Trukikaitis_Postimees, lk 133
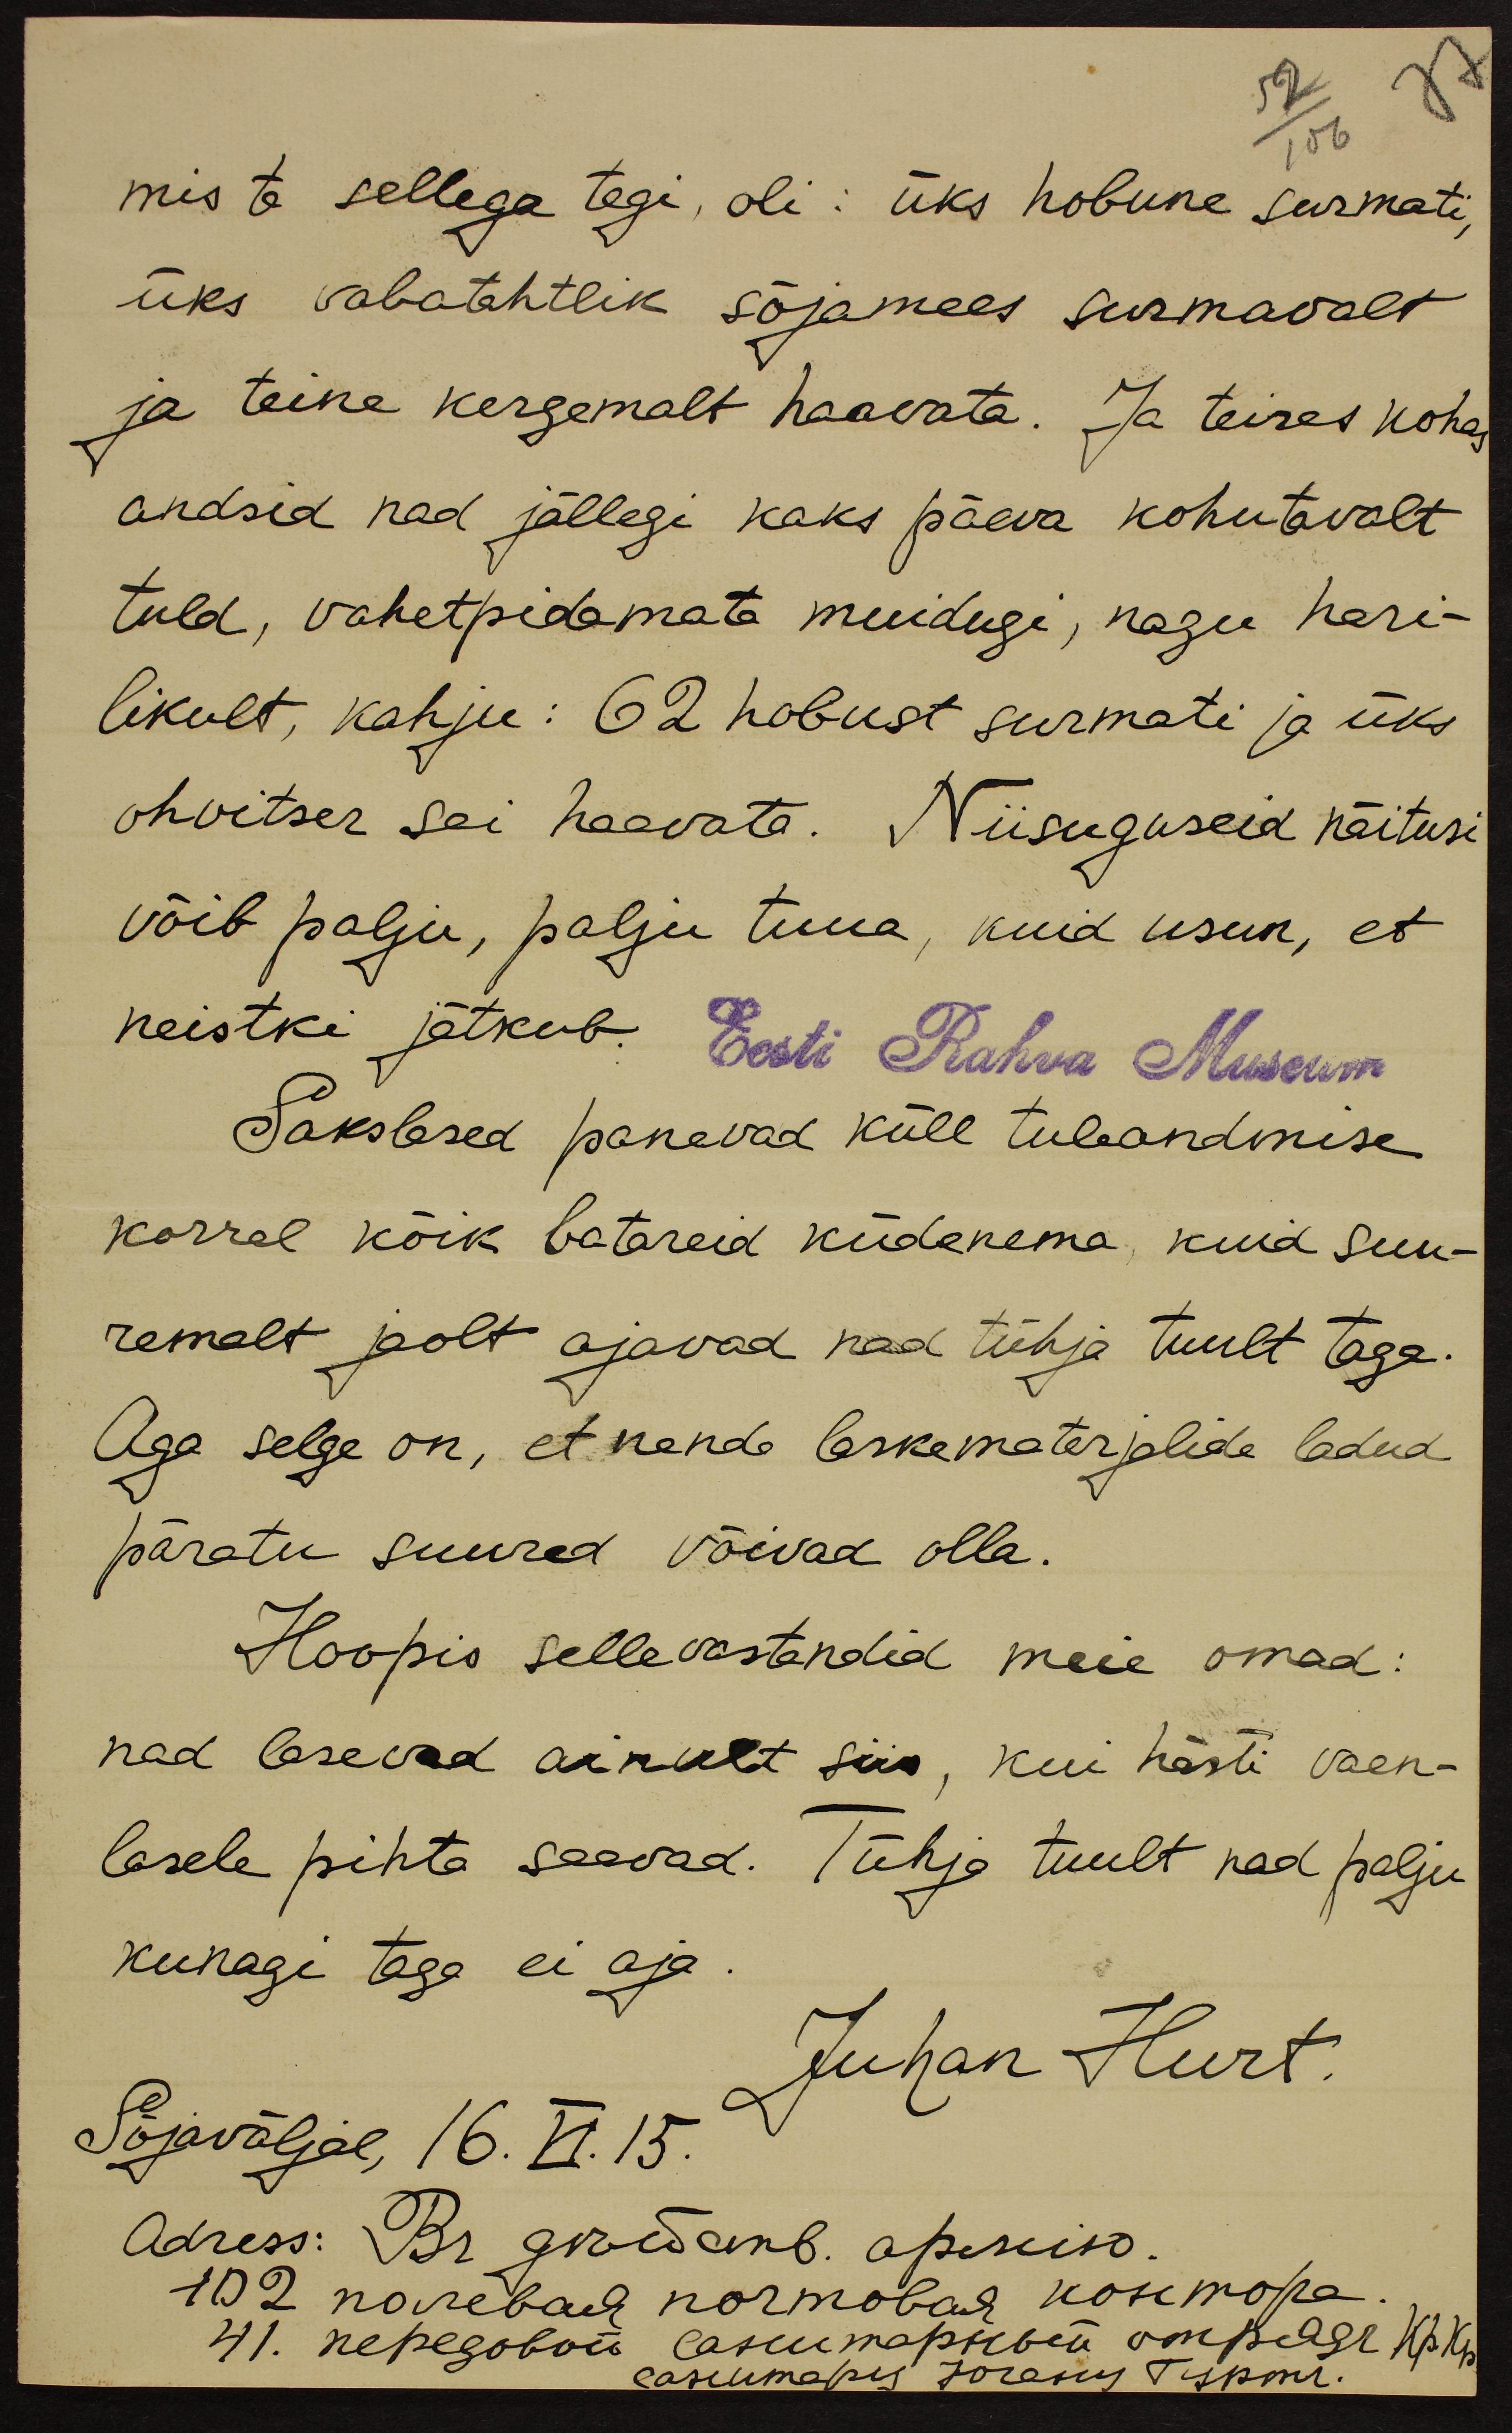
mis ta sellega tegi, oli: üks hobune surmati,
üks vabatahtlik sõjamees surmavalt
ja teine kergemalt haavata. Ja teises kohas
andsid nad jällegi kaks päeva kohutavalt
tuld, vahetpidamata muidugi, nagu hari-
likult, kahju: 62 hobust surmati ja üks
ohvitser sai haavata. Niisuguseid näitusi
võib palju, palju tuua, kuid usun, et
neistki jätkub.
Eesti Rahva Museum
Sakslased panevad küll tuleandmise
korral kõik batareid küdenema, kuid suu-
remalt jaolt ajavad nad tühja tuult taga.
Aga selge on, et nende laskematerjalide ladud
päratu suured võivad olla.
Hoopis selle vastandid meie omad:
nad lasevad ainult siis, kui hästi vaen-
lasele pihta saavad. Tühja tuult nad palju
kunagi taga ei aja.
Juhan Hurt.
Sõjaväljal, 16.VI.15.
Adress: Br. gaewamb. õpikiso.